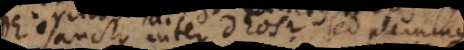
seu sanctus inter Deos? sed plerumque